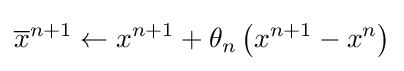
{\overline {x}}^{n+1}\leftarrow x^{n+1}+\theta _{n}\left(x^{n+1}-x^{n}\right)